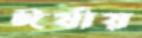
ঈর্ষায়